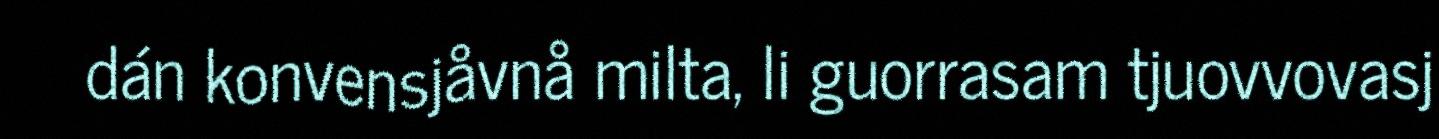
dán konvensjåvnå milta, li guorrasam tjuovvovasj